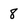
Character: 8